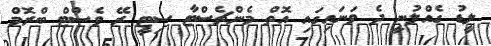
ލީޑު ގެއްލުނީ ދެ ވަނައިގައި އޮތް މެންޗެސްޓާ ސިޓީ ރޭ ވެސްޓް ބްރޮމް